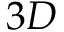
3 D